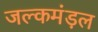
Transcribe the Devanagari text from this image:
जल्कमंड़ल